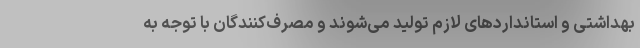
بهداشتی و استانداردهای لازم تولید می‌شوند و مصرف‌کنندگان با توجه به